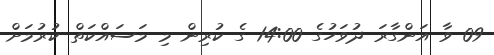
09 ވާ އަންގާރަ ދުވަހުގެ 14:00 ގެ ކުރިން މި މަސައްކަތް ކުރުމަށް